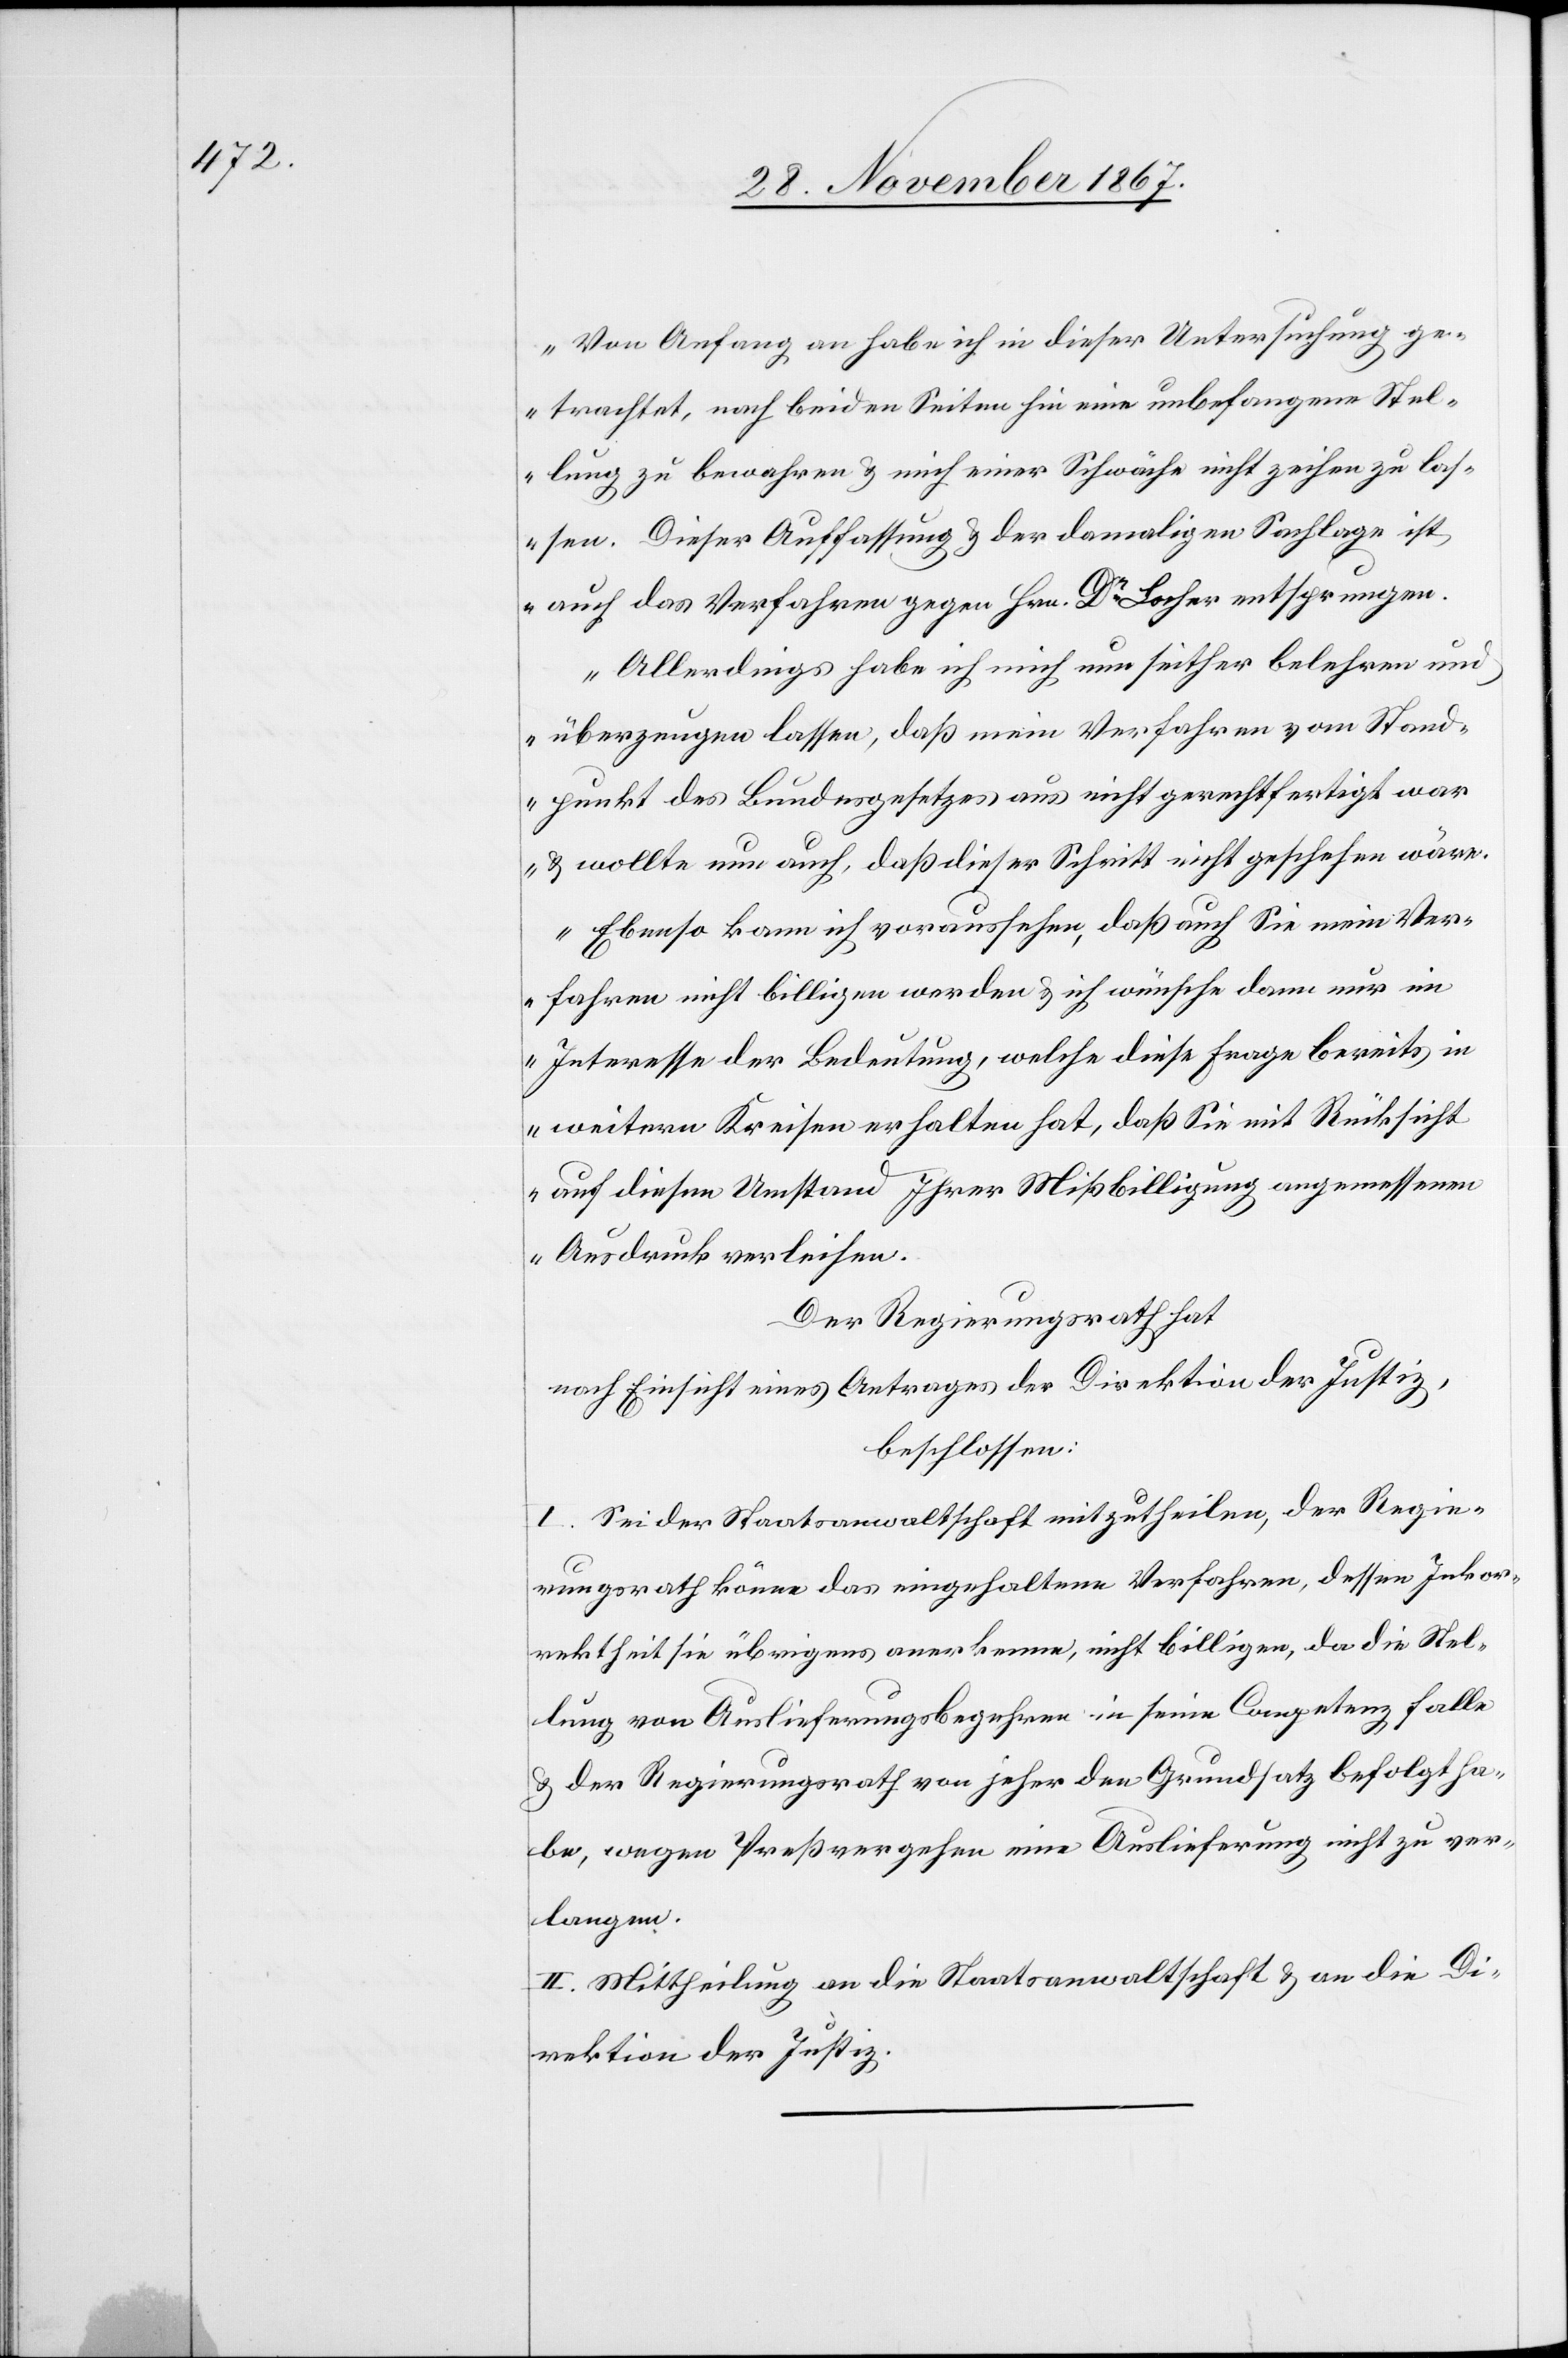
Von Anfang an habe ich in dieser Untersuchung ge¬
trachtet, nach beiden Seiten hin eine unbefangene Stel¬
lung zu bewahren u. mich einer Schwäche nicht zeihen zu las¬
sen. Dieser Auffassung u. der damaligen Sachlage ist
auch das Verfahren gegen Hrn. Dr. Locher entsprungen.
Allerdings habe ich mich nun seither belehren und
überzeugen lassen, daß mein Verfahren vom Stand¬
punkt des Bundesgesetzes aus nicht gerechtfertigt war
u. wollte nun auch, daß dieser Schritt nicht geschehen wäre.
Ebenso kann ich voraussehen, daß auch Sie mein Ver¬
fahren nicht billigen werden u. ich wünsche dann nur im
Interesse der Bedeutung, welche diese Frage bereits in
weitern Kreisen erhalten hat, daß Sie mit Rücksicht
auf diesen Umstand ihre Mißbilligung angemessenen
Ausdruck verleihen.“
Der Regierungsrath hat
nach Einsicht eines Antrages der Direktion der Justiz,
beschlossen
I. Sei der Staatsanwaltschaft mitzutheilen, der Regie¬
rungsrath könne das eingehaltene Verfahren, dessen Inkor¬
rektheit sie übrigens anerkenne, nicht billigen, da die Stel¬
lung von Auslieferungsbegehren in seine Competenz falle
u. der Regierungsrath von jeher den Grundsatz befolgt ha¬
be, wegen Preßvergehen eine Auslieferung nicht zu ver¬
langen.
II. Mittheilung an die Staatsanwaltschaft u. an die Di¬
rektion der Justiz.